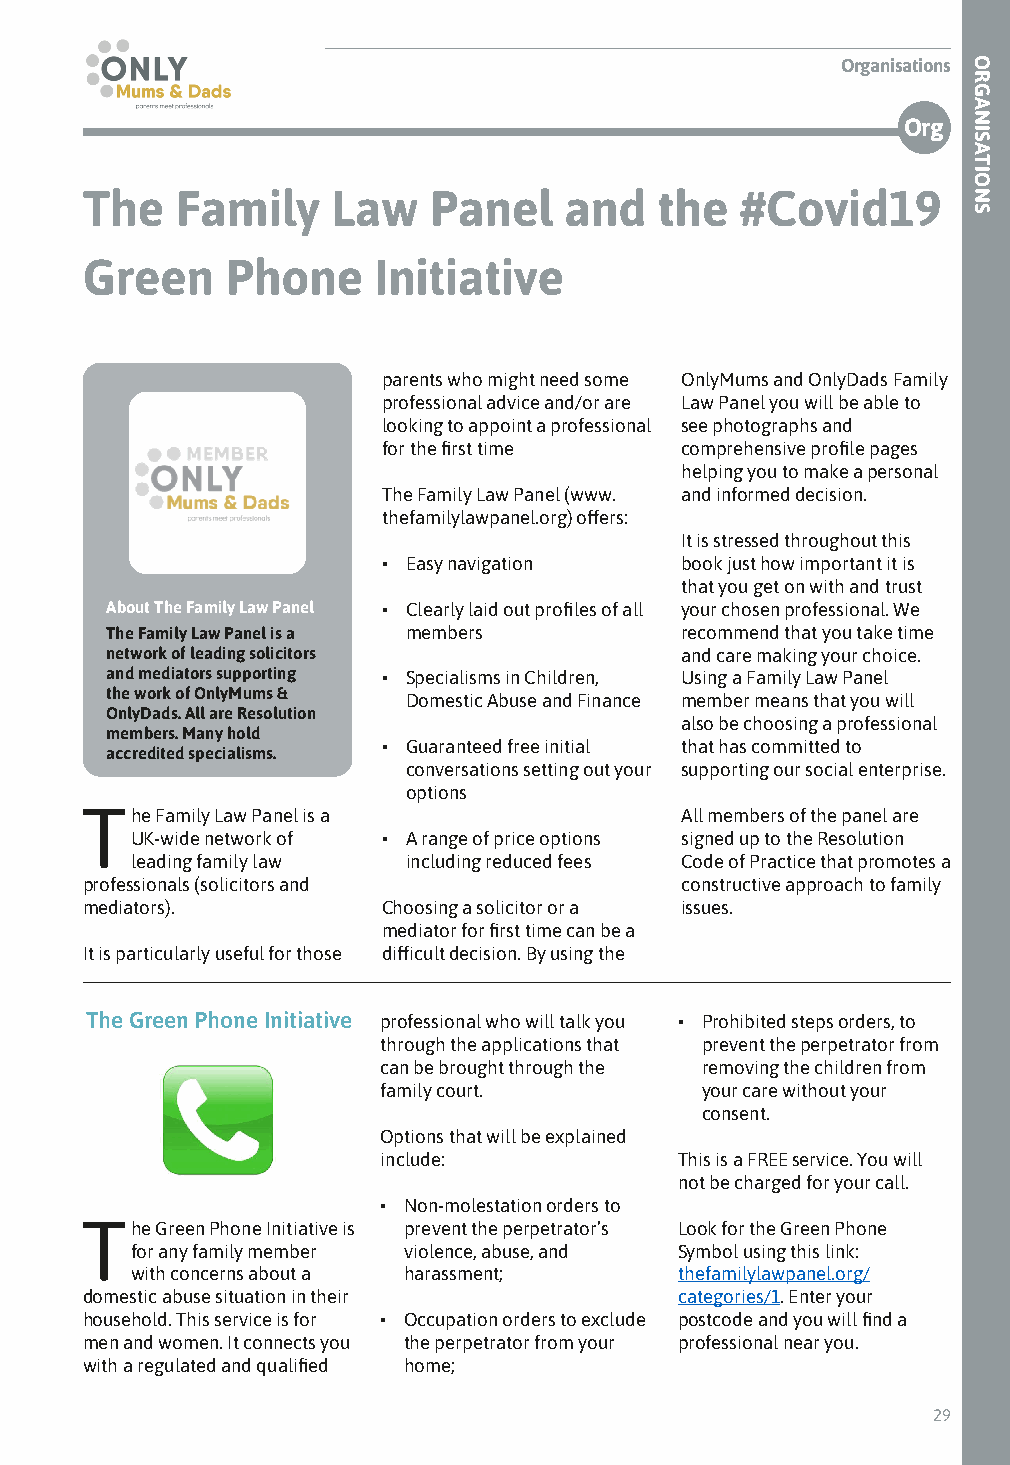
Organisations
 Org
 The    Family    Law   Panel    and    the  #Covid19
 Green     Phone     Initiative
 parents who might need some OnlyMums and OnlyDads Family
 professional advice and/or are Law Panel you will be able to
 looking to appoint a professional see photographs and
 for the first time  comprehensive profile pages
 helping you to make a personal
 The Family Law Panel (www. and informed decision.
 thefamilylawpanel.org) offers:
 It is stressed throughout this
 • Easy navigation   book just how important it is
 that you get on with and trust
 About The Family Law Panel • Clearly laid out profiles of all your chosen professional. We
 The Family Law Panel is a members     recommend that you take time
 network of leading solicitors         and care making your choice.
 and mediators supporting • Specialisms in Children, Using a Family Law Panel
 the work of OnlyMums &
 Domestic Abuse and Finance member means that you will
 OnlyDads. All are Resolution
 also be choosing a professional
 members. Many hold
 • Guaranteed free initial that has committed to
 accredited specialisms.
 conversations setting out your supporting our social enterprise.
 options
 The  Family Law Panel is a              All members of the panel are
 UK-wide network of • A range of price options signed up to the Resolution
 leading family law including reduced fees Code of Practice that promotes a
 professionals (solicitors and           constructive approach to family
 mediators).         Choosing a solicitor or a issues.
 mediator for first time can be a
 It is particularly useful for those difficult decision. By using the
 The Green Phone Initiative professional who will talk you • Prohibited steps orders, to
 through the applications that prevent the perpetrator from
 can be brought through the removing the children from
 family court.        your care without your
 consent.
 Options that will be explained
 include:            This is a FREE service. You will
 not be charged for your call.
 • Non-molestation orders to
 The  Green Phone Initiative is prevent the perpetrator’s Look for the Green Phone
 for any family member violence, abuse, and Symbol using this link:
 with concerns about a harassment;   thefamilylawpanel.org/
 domestic abuse situation in their       categories/1. Enter your
 household. This service is for • Occupation orders to exclude postcode and you will find a
 men and women. It connects you the perpetrator from your professional near you.
 with a regulated and qualified home;
 29
 ORGANISATIONS